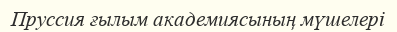
Пруссия ғылым академиясының мүшелері